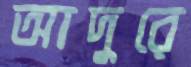
আদুরে